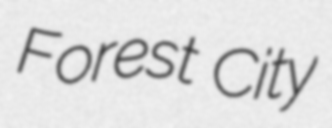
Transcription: Forest City